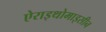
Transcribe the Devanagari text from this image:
ऐराइथोमाइसीन